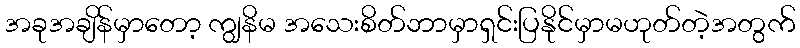
အခုအချိန်မှာတော့ ကျွနိမ အသေးစိတ်ဘာမှာရှင်းပြနိုင်မှာမဟုတ်တဲ့အတွက်